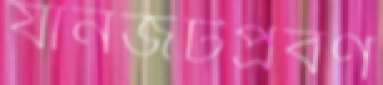
যানজটপ্রবণ